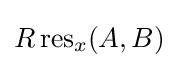
R\operatorname {res} _{x}(A,B)